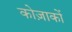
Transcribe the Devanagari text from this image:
कोज़ाकों